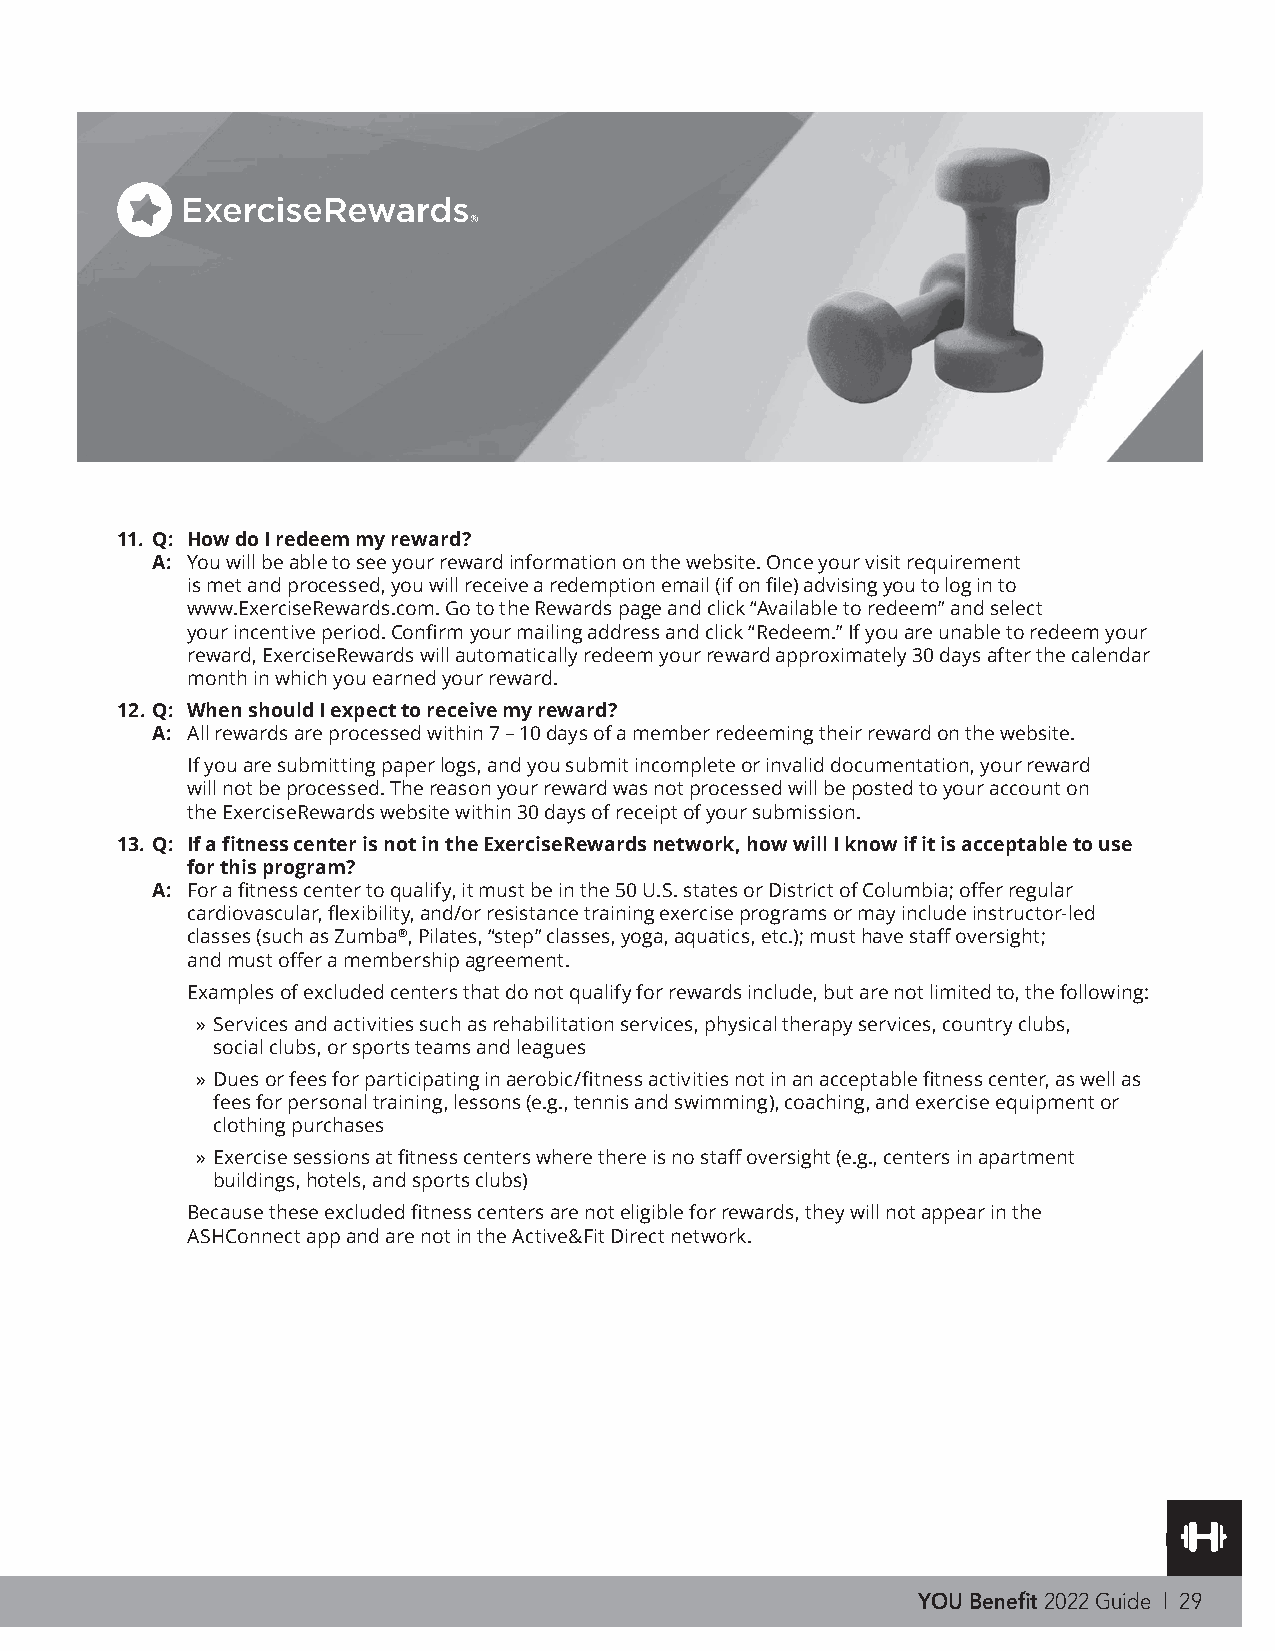
11. Q: How do I redeem my reward?
 A: You will be able to see your reward information on the website. Once your visit requirement
 is met and processed, you will receive a redemption email (if on file) advising you to log in to
 www.ExerciseRewards.com. Go to the Rewards page and click “Available to redeem” and select
 your incentive period. Confirm your mailing address and click “Redeem.” If you are unable to redeem your
 reward, ExerciseRewards will automatically redeem your reward approximately 30 days after the calendar
 month in which you earned your reward.
 12. Q: When should I expect to receive my reward?
 A: All rewards are processed within 7 – 10 days of a member redeeming their reward on the website.
 If you are submitting paper logs, and you submit incomplete or invalid documentation, your reward
 will not be processed. The reason your reward was not processed will be posted to your account on
 the ExerciseRewards website within 30 days of receipt of your submission.
 13. Q: I f a fitness center is not in the ExerciseRewards network, how will I know if it is acceptable to use
 for this program?
 A: For a fitness center to qualify, it must be in the 50 U.S. states or District of Columbia; offer regular
 cardiovascular, flexibility, and/or resistance training exercise programs or may include instructor-led
 classes (such as Zumba®, Pilates, “step” classes, yoga, aquatics, etc.); must have staff oversight;
 and must offer a membership agreement.
 Examples of excluded centers that do not qualify for rewards include, but are not limited to, the following:
 » Services and activities such as rehabilitation services, physical therapy services, country clubs,
 social clubs, or sports teams and leagues
 » Dues or fees for participating in aerobic/fitness activities not in an acceptable fitness center, as well as
 fees for personal training, lessons (e.g., tennis and swimming), coaching, and exercise equipment or
 clothing purchases
 » Exercise sessions at fitness centers where there is no staff oversight (e.g., centers in apartment
 buildings, hotels, and sports clubs)
 Because these excluded fitness centers are not eligible for rewards, they will not appear in the
 ASHConnect app and are not in the Active&Fit Direct network.
 M931-003C-WIAA (03/19) © 2019 American Specialty Health Incorporated (ASH). All rights reserved. The ExerciseRewards and Active&Fit
 Direct programs are provided by American Specialty Health Fitness, Inc., a subsidiary of ASH. ExerciseRewards, the ExerciseRewards
 logo, Active&Fit Direct, and ASHConnect are trademarks of ASH. Other names or logos may be trademarks of their respective owners.
 32574-080-1802
 YOU Benefit 2022 Guide | 29